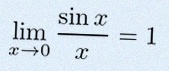
\lim_{x\to0}\frac{\sin x}{x}=1